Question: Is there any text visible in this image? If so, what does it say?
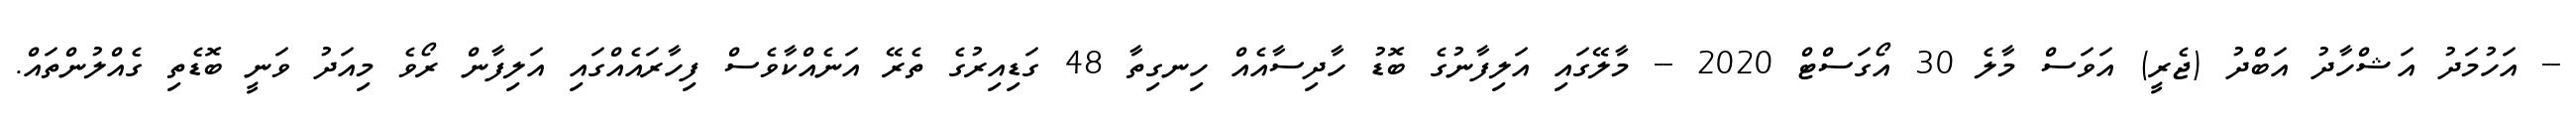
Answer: -- އަހުމަދު އަޝްހާދު އަބްދު (ޖެރީ) އަވަސް މާލެ 30 އޯގަސްޓް 2020 -- މާލޭގައި އަލިފާނުގެ ބޮޑު ހާދިސާއެއް ހިނގިތާ 48 ގަޑިއިރުގެ ތެރޭ އަނެއްކާވެސް ފިހާރައެއްގައި އަލިފާން ރޯވެ މިއަދު ވަނީ ބޮޑެތި ގެއްލުންތައް.